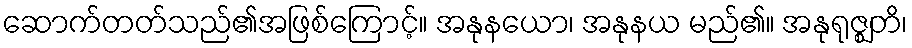
ဆောက်တတ်သည်၏အဖြစ်ကြောင့်။ အနုနယော၊ အနုနယ မည်၏။ အနုရုဇ္ဈတိ၊